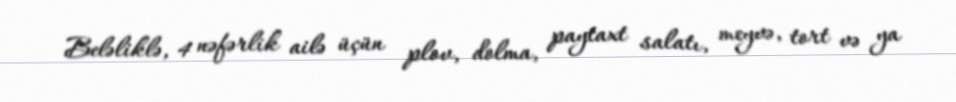
Beləliklə, 4 nəfərlik ailə üçün plov, dolma, paytaxt salatı, meyvə, tort və ya